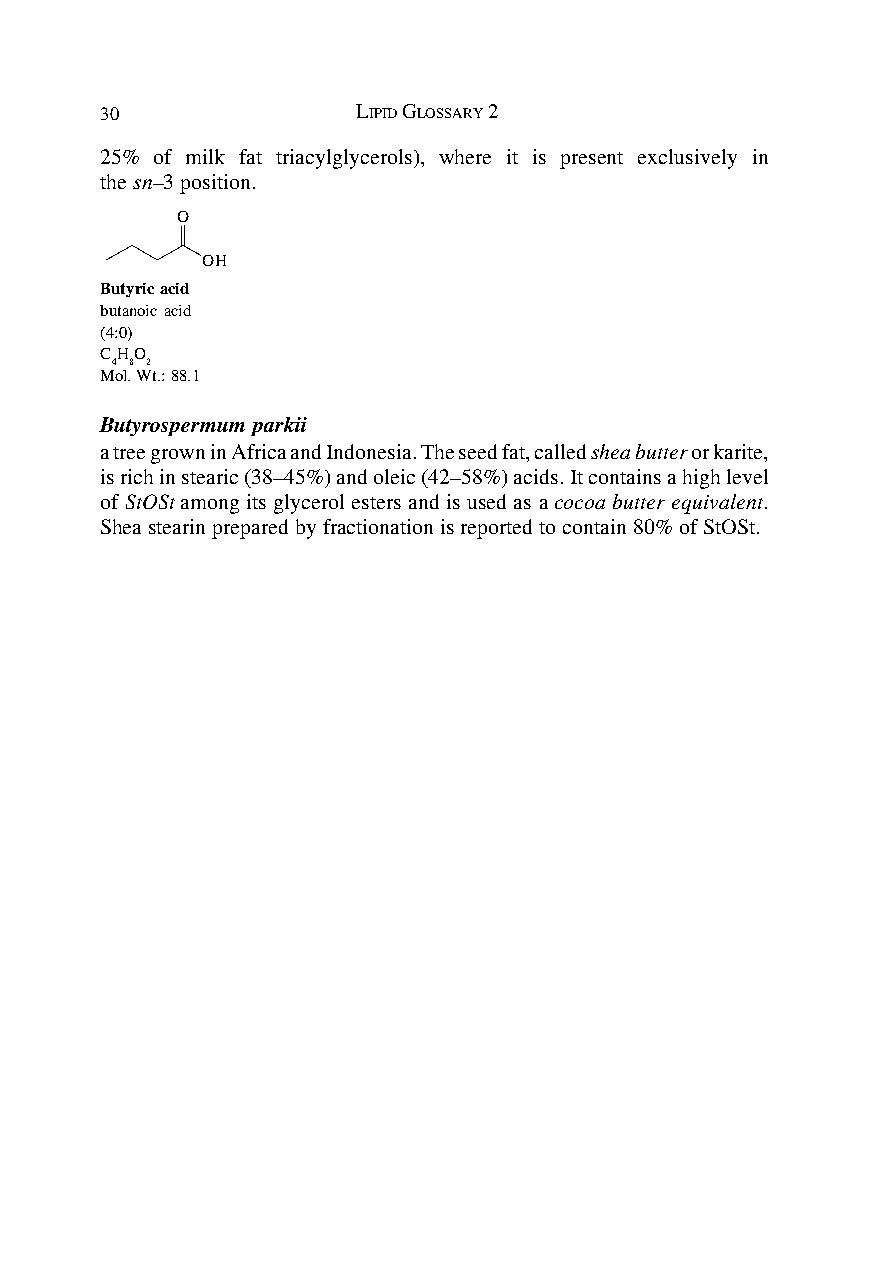
30               LIPID GLOSSARY 2
 25% of milk fat triacylglycerols), where it is present exclusively in
 the sn–3 position.
 O
 OH
 Butyric acid
 butanoic acid
 (4:0)
 CHO
 4 8 2
 Mol. Wt.: 88.1
 Butyrospermum parkii
 a tree grown in Africa and Indonesia. The seed fat, called shea butter or karite,
 is rich in stearic (38–45%) and oleic (42–58%) acids. It contains a high level
 of StOSt among its glycerol esters and is used as a cocoa butter equivalent.
 Shea stearin prepared by fractionation is reported to contain 80% of StOSt.